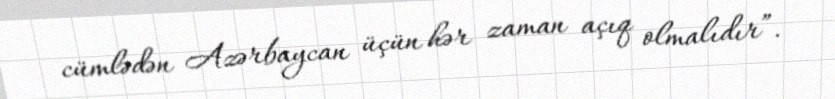
cümlədən Azərbaycan üçün hər zaman açıq olmalıdır”.